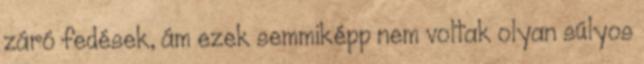
záró fedések, ám ezek semmiképp nem voltak olyan súlyos